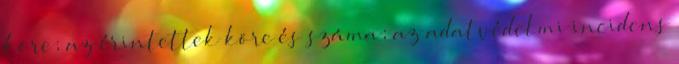
köre; az érintettek köre és száma; az adatvédelmi incidens